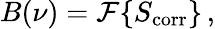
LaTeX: B(\nu)=\mathcal{F}\{ S_{\mathrm{corr}}\} \, ,